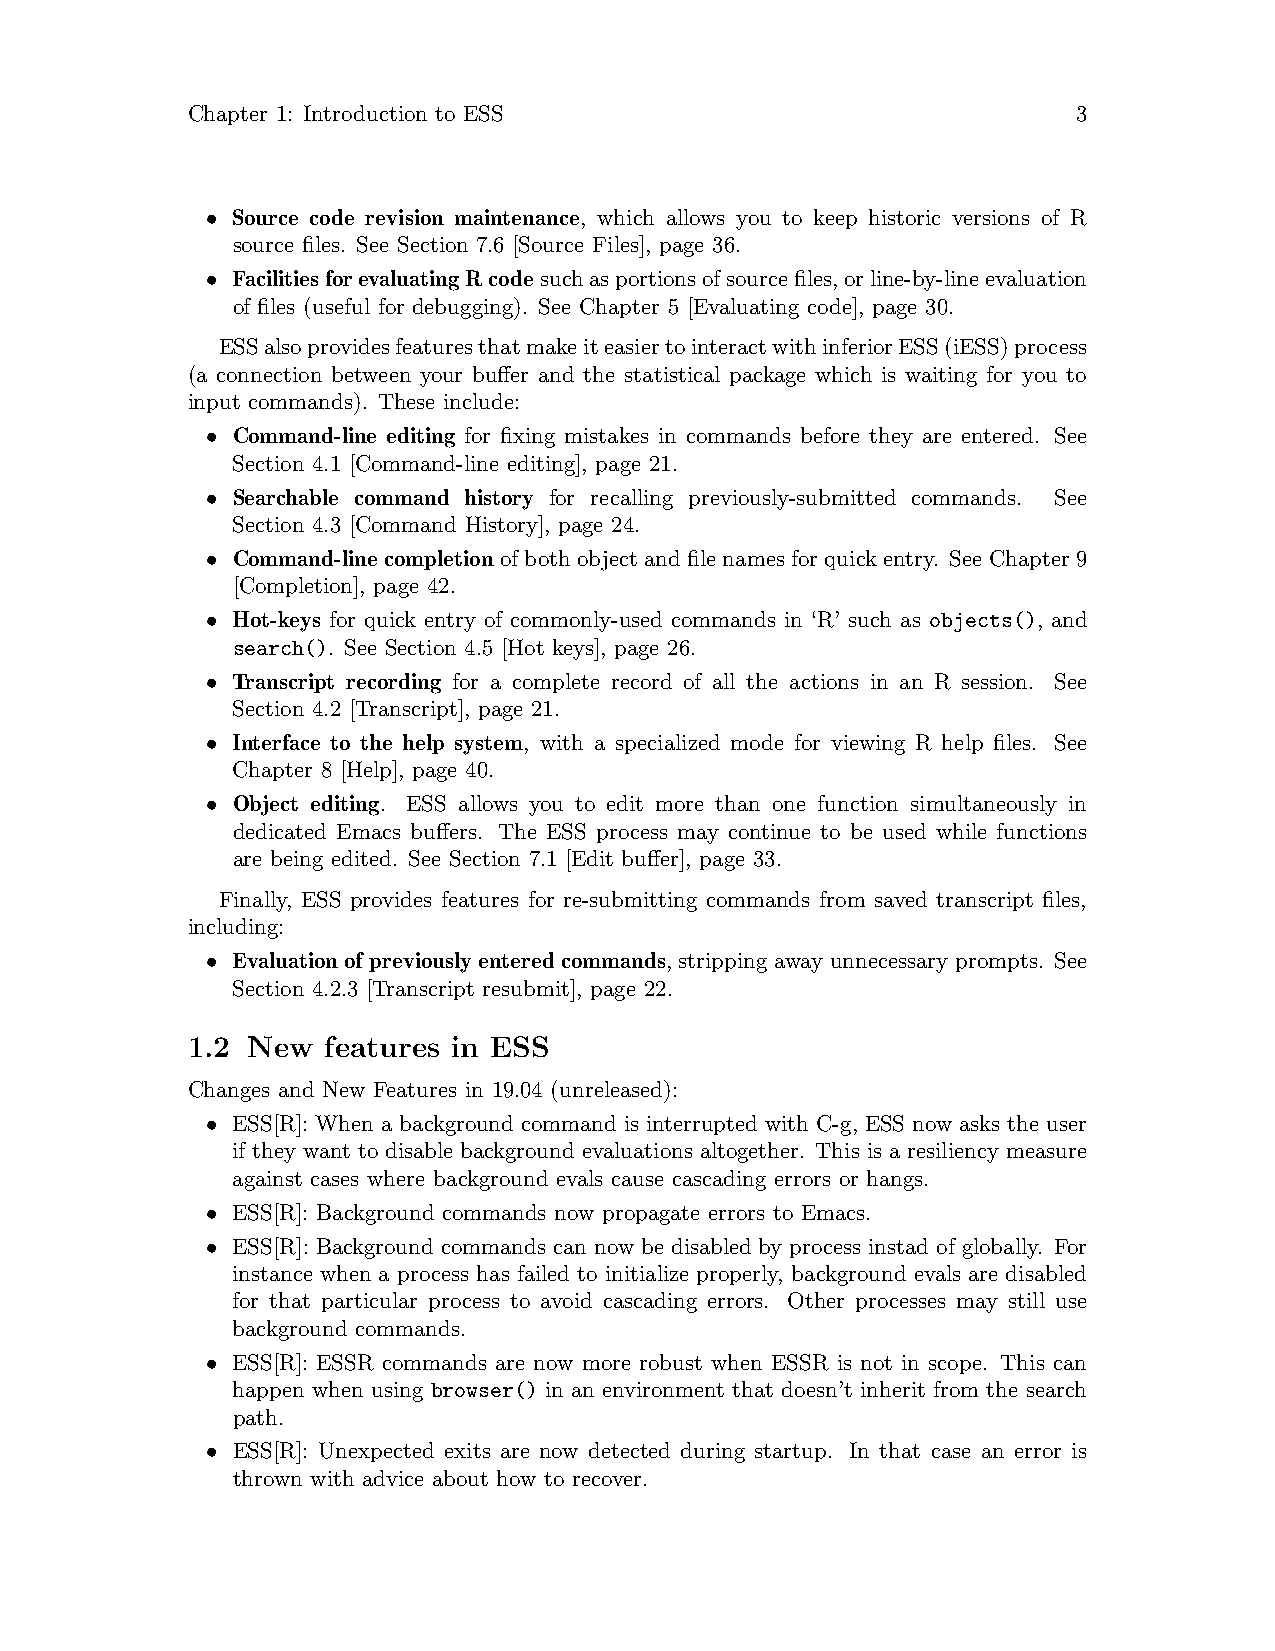
Chapter 1: Introduction to ESS                             3
 • Source code revision maintenance, which allows you to keep historic versions of R
 source files. See Section 7.6 [Source Files], page 36.
 • FacilitiesforevaluatingRcodesuchasportionsofsourcefiles,orline-by-lineevaluation
 of files (useful for debugging). See Chapter 5 [Evaluating code], page 30.
 ESSalsoprovidesfeaturesthatmakeiteasiertointeractwithinferiorESS(iESS)process
 (a connection between your buffer and the statistical package which is waiting for you to
 input commands). These include:
 • Command-line editing for fixing mistakes in commands before they are entered. See
 Section 4.1 [Command-line editing], page 21.
 • Searchable command history for recalling previously-submitted commands. See
 Section 4.3 [Command History], page 24.
 • Command-line completion of both object and file names for quick entry. See Chapter 9
 [Completion], page 42.
 • Hot-keys for quick entry of commonly-used commands in ‘R’ such as objects(), and
 search(). See Section 4.5 [Hot keys], page 26.
 • Transcript recording for a complete record of all the actions in an R session. See
 Section 4.2 [Transcript], page 21.
 • Interface to the help system, with a specialized mode for viewing R help files. See
 Chapter 8 [Help], page 40.
 • Object editing. ESS allows you to edit more than one function simultaneously in
 dedicated Emacs buffers. The ESS process may continue to be used while functions
 are being edited. See Section 7.1 [Edit buffer], page 33.
 Finally, ESS provides features for re-submitting commands from saved transcript files,
 including:
 • Evaluation of previously entered commands, stripping away unnecessary prompts. See
 Section 4.2.3 [Transcript resubmit], page 22.
 1.2 New  features in ESS
 Changes and New Features in 19.04 (unreleased):
 • ESS[R]: When a background command is interrupted with C-g, ESS now asks the user
 if they want to disable background evaluations altogether. This is a resiliency measure
 against cases where background evals cause cascading errors or hangs.
 • ESS[R]: Background commands now propagate errors to Emacs.
 • ESS[R]: Background commands can now be disabled by process instad of globally. For
 instance when a process has failed to initialize properly, background evals are disabled
 for that particular process to avoid cascading errors. Other processes may still use
 background commands.
 • ESS[R]: ESSR commands are now more robust when ESSR is not in scope. This can
 happen when using browser() in an environment that doesn’t inherit from the search
 path.
 • ESS[R]: Unexpected exits are now detected during startup. In that case an error is
 thrown with advice about how to recover.